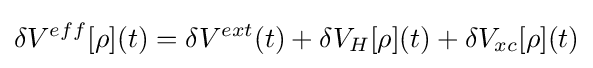
\delta V^{eff}[\rho ](t)=\delta V^{ext}(t)+\delta V_{H}[\rho ](t)+\delta V_{xc}[\rho ](t)